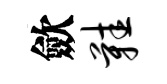
歛鞋